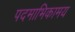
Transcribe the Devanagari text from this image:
पदमाभिकामय